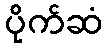
ပိုက်ဆံ